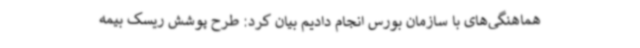
هماهنگی‌های با سازمان بورس انجام دادیم بیان کرد: طرح پوشش ریسک بیمه